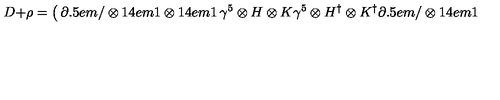
D + \rho = \left( \begin{matrix} { \partial \kern - 0 . 5 e m / \otimes { 1 \kern - . 4 e m 1 } \otimes { 1 \kern - . 4 e m 1 } } & { \gamma ^ { 5 } \otimes H \otimes K } \\ { \gamma ^ { 5 } \otimes H ^ { \dag } \otimes K ^ { \dag } } & { \partial \kern - 0 . 5 e m / \otimes { 1 \kern - . 4 e m 1 } \otimes { 1 \kern - . 4 e m 1 } } \\ \end{matrix} \right)